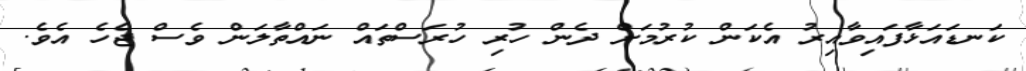
ކަނޑައަޅާފައިވާއިރު އެކަން ކުރުމަށް ދެން ހުރި ހުރަސްތައް ނައްތާލަން ވެސް ޖެހެ އެވެ.